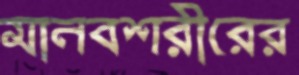
মানবশরীরের